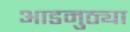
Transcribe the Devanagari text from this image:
आडमुठ्या